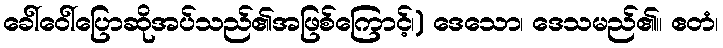
ခေါ်ဝေါ်ပြောဆိုအပ်သည်၏အဖြစ်ကြောင့်၊) ဒေသော၊ ဒေသမည်၏။ ဧတံ၊